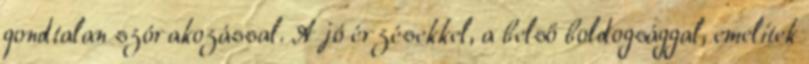
gondtalan szórakozással. A jó érzésekkel, a belső boldogsággal, emelitek